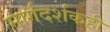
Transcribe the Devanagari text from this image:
मार्गदर्शकही